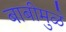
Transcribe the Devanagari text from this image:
बाबीमुळे